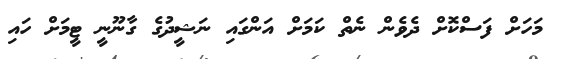
މަހަށް ފަސްކޮށް ދެވެން ނެތް ކަމަށް އަންގައި ނަޝީދުގެ ގާނޫނީ ޓީމަށް ހައި